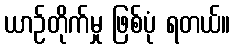
ယာဉ်တိုက်မှု ဖြစ်ပုံ ရတယ်။